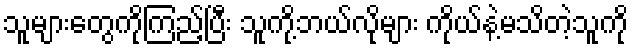
သူများတွေကိုကြည့်ပြီး သူကို့ဘယ်လိုများ ကိုယ်နဲ့မသိတဲ့သူကို